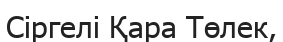
Сіргелі Қара Төлек,